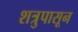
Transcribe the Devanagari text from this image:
शत्रुपासून